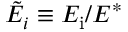
\tilde { E } _ { i } \equiv E _ { \mathrm { i } } / E ^ { * }